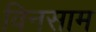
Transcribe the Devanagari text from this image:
विनसाम